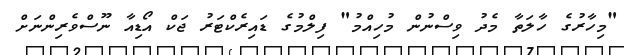
"މިހާރުގެ ހާލަތާ މެދު ވިސްނުން މުހިއްމު" ފިލްމުގެ ޑައިރެކްޓަރު ޖަކް އޯޑިއާ ނޫސްވެރިންނަށް